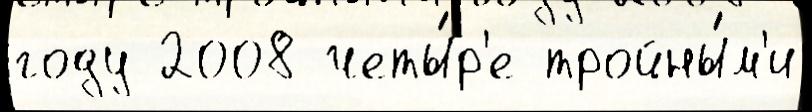
году 2008 четы́р'е тройны́м'и